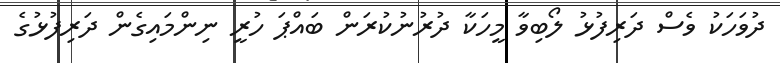
ދުވަހަކު ވެސް ދަރިފުޅު ލޯބިވާ މީހަކާ ދުރުނުކުރަން ބައްޕަ ހުރީ ނިންމައިގެން ދަރިފުޅުގެ